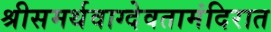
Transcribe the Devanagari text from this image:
श्रीसमर्थवाग्देवतामंदिरात